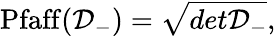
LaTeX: \mathrm{Pfaff}({\cal D}_{-})=\sqrt{det{\cal D}_{-}},